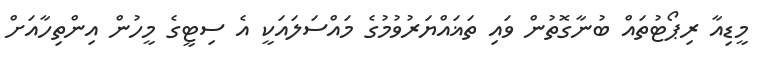
މީޑިއާ ރިޕޯޓުތައް ބުނާގޮތުން ވައި ތަޣައްޔަރުވުމުގެ މައްސަލައަކީ އެ ސިޓީގެ މީހުން އިންތިހާއަށް